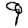
Digit: 9